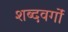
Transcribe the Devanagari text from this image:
शब्दवर्गों